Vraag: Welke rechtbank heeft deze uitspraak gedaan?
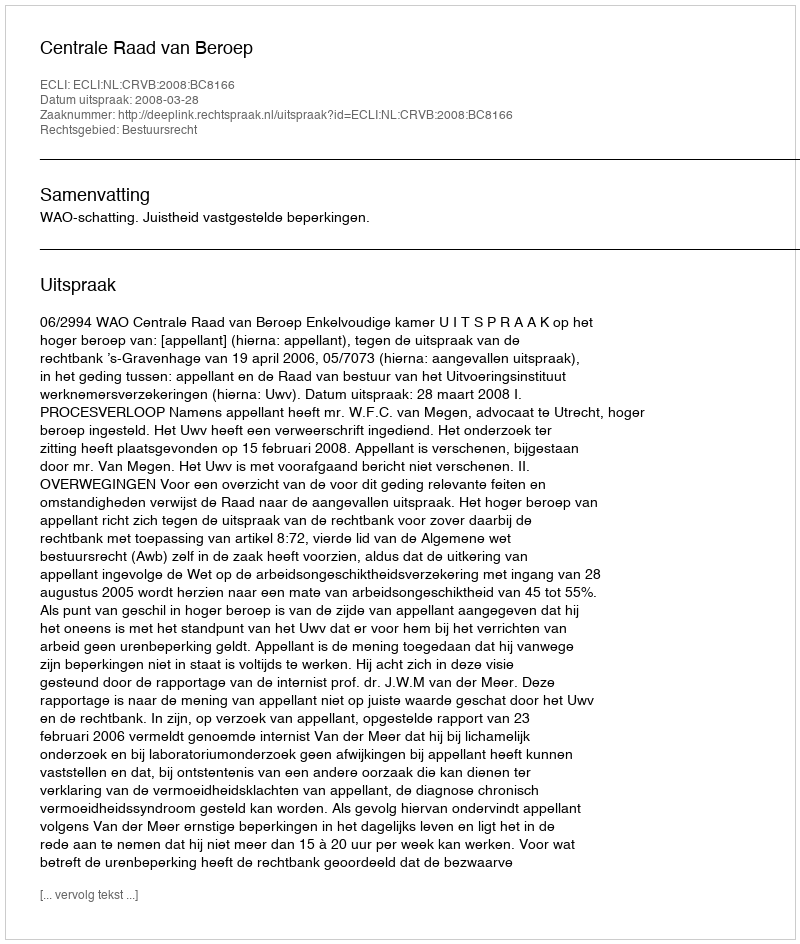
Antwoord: Centrale Raad van Beroep